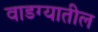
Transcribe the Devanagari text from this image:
वाडग्यातील